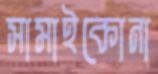
সামাইকোনা